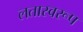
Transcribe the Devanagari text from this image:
लतास्वरूप